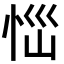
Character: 𢙉